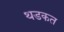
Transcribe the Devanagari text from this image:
थडकत